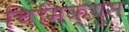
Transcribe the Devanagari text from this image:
चिमिक्युस